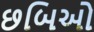
છબિઓ